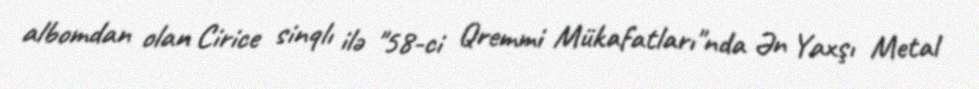
albomdan olan Cirice sinqlı ilə "58-ci Qremmi Mükafatları"nda Ən Yaxşı Metal